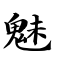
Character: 魅